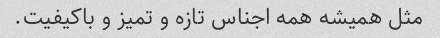
مثل همیشه همه اجناس تازه و تمیز و باکیفیت.